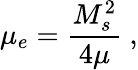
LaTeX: \mu_{e}=\frac{M_{s}^{2}}{4\mu}\ ,